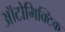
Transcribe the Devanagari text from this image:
ऑटोमिक्टिक